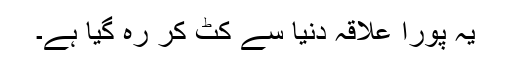
یہ پورا علاقہ دنیا سے کٹ کر رہ گیا ہے۔